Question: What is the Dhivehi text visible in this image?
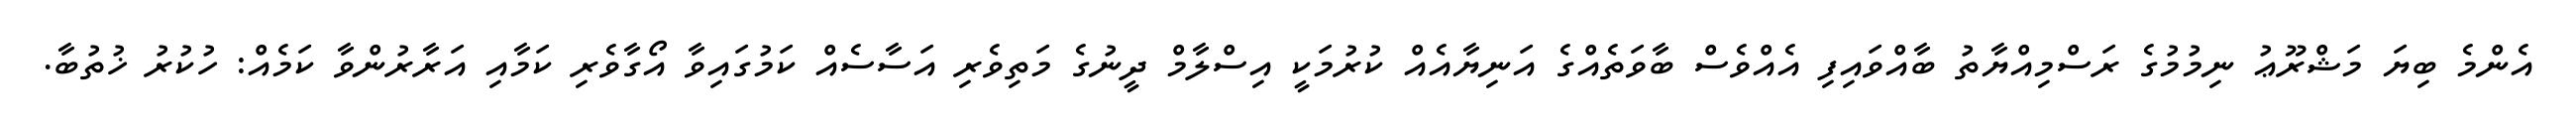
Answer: އެންމެ ބިޔަ މަޝްރޫޢު ނިމުމުގެ ރަސްމިއްޔާތު ބާއްވައިފި އެއްވެސް ބާވަތެއްގެ އަނިޔާއެއް ކުރުމަކީ އިސްލާމް ދީނުގެ މަތިވެރި އަސާސެއް ކަމުގައިވާ އޯގާވެރި ކަމާއި އަރާރުންވާ ކަމެއް: ހުކުރު ޚުތުބާ.